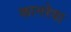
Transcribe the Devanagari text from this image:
कानरेवा